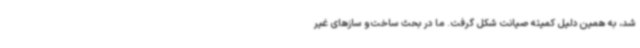
شد، به همین دلیل کمیته صیانت شکل گرفت. ما در بحث ساخت‌و سازهای غیر